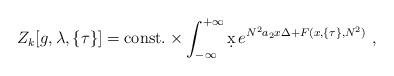
LaTeX: \begin{align*}Z_k [g,\lambda,\{\tau\}]={\rm const.}\times\int_{-\infty}^{+\infty}\d x\, e^{N^2 a_2 x\Delta + F(x, \{\tau\}, N^2)}\ ,\end{align*}